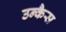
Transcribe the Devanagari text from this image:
उन्कैस